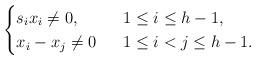
LaTeX: \begin{align*}\begin{cases}s_ix_i\ne0,\ &\ 1\leq i\leq h-1,\\x_i - x_j\ne 0\ &\ 1\leq i < j \leq h-1.\end{cases}\end{align*}